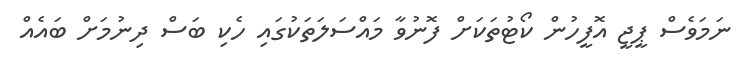
ނަމަވެސް ޕީޖީ އޮފީހުން ކޯޓުތަކަށް ފޮނުވާ މައްސަލަތަކުގައި ހެކި ބަސް ދިނުމަށް ބައެއް